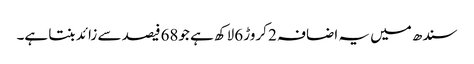
سندھ میں یہ اضافہ 2 کروڑ 6لاکھ ہے جو68فیصد سے زائد بنتا ہے۔